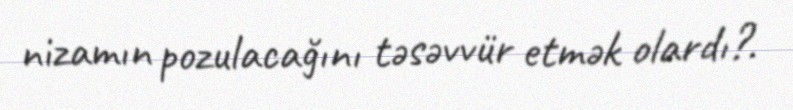
nizamın pozulacağını təsəvvür etmək olardı?.